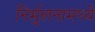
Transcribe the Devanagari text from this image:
निर्मुलनामध्ये